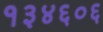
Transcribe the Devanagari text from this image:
१३४६०६